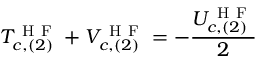
T _ { c , ( 2 ) } ^ { \mathrm { ~ H ~ F ~ } } + V _ { c , ( 2 ) } ^ { \mathrm { ~ H ~ F ~ } } = - \frac { U _ { c , ( 2 ) } ^ { \mathrm { ~ H ~ F ~ } } } { 2 }